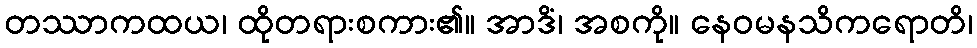
တဿာကထယ၊ ထိုတရားစကား၏။ အာဒိံ၊ အစကို။ နေဝမနသိကရောတိ၊